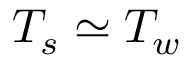
T _ { s } \simeq T _ { w }